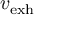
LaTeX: v _ { \mathrm { e x h } }